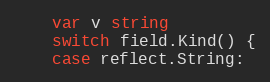
Language: Go
	var v string
	switch field.Kind() {
	case reflect.String: